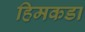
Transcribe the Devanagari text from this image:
हिमकडा